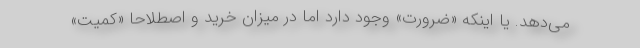
می‌دهد. یا اینکه «ضرورت» وجود دارد اما در میزان خرید و اصطلاحا «کمیت»